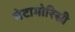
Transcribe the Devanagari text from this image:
मेटामोरिसी